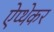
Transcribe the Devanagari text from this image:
ऐप्थेकर